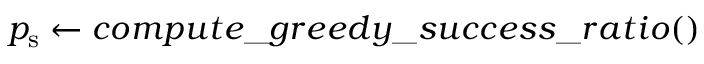
p _ { \mathrm { s } } \gets c o m p u t e \textunderscore g r e e d y \textunderscore s u c c e s s \textunderscore r a t i o ( )